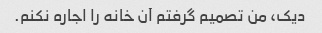
دیک، من تصمیم گرفتم آن خانه را اجاره نکنم.